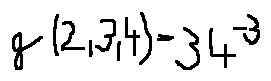
g ( 2 , 3 , 4 ) = 3 4 ^ { - 3 }